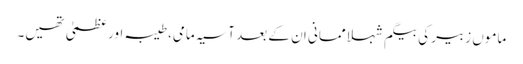
ماموں زبیر کی بیگم شہلا ممانی ان کے بعد آسیہ مامی، طیبہ اور عظمیٰ تھیں۔